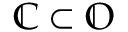
\mathbb { C } \subset \mathbb { O }